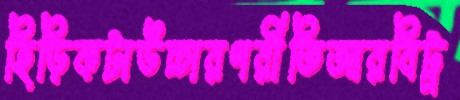
হিড়িকটাউচ্চারণরীতিআরবিট্র